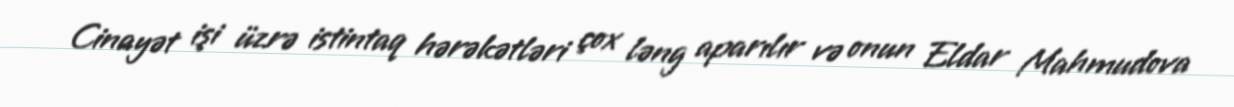
Cinayət işi üzrə istintaq hərəkətləri çox ləng aparılır və onun Eldar Mahmudova